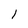
Character: l